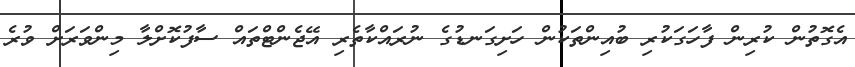
އެގޮތުން ކުރިން ފާހަގަކުރި ބުއިންތަކުން ހަށިގަނޑުގެ ނުރައްކާތެރި އޭޖެންޓްތައް ސާފުކޮށްލާ މިންވަރަށް ވުރެ